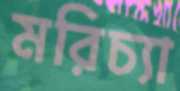
মরিচ্যা